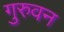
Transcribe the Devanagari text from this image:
गुरुवन